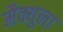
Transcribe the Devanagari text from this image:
मैक्युला